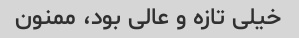
خیلی تازه و عالی بود، ممنون